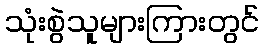
သုံးစွဲသူများကြားတွင်